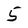
Character: 5